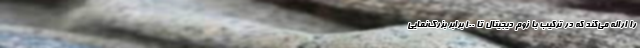
را ارائه می‌کند که در ترکیب با زوم دیجیتال تا 100 برابر بزرگ‌نمایی